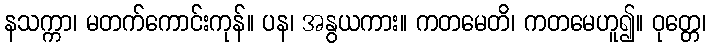
နသက္ကာ၊ မတက်ကောင်းကုန်။ ပန၊ အနွယကား။ ကတမေတိ၊ ကတမေဟူ၍။ ဝုတ္တေ၊